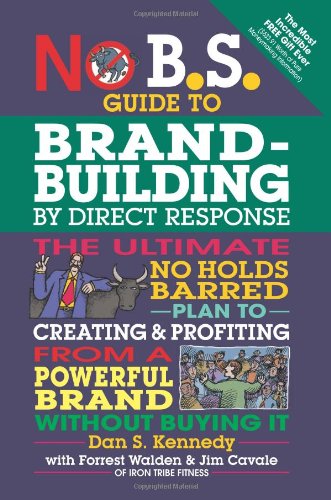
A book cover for No B.S. Guide to Brand-Building by Direct Response: The Ultimate No Holds Barred Plan to Creating and Profiting from a Powerful Brand Without Buying It; Dan S. Kennedy; Business & Money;